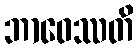
ဘာဝေဿတိ